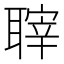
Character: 䏁